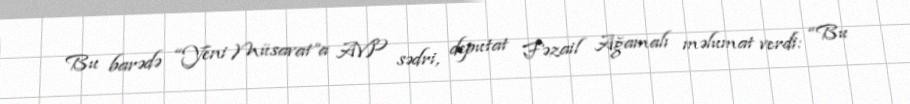
Bu barədə “Yeni Müsavat”a AVP sədri, deputat Fəzail Ağamalı məlumat verdi: “Bu